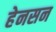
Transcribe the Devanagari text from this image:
हेनसन